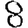
Digit: 8